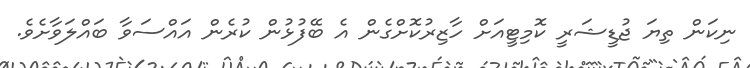
ނިކަން ތިޔަ ޖުޑީޝަރީ ކޮމިޓީއަށް ހާޒިރުކޮށްގެން އެ ބޭފުޅުން ކުރެން އައްސަވާ ބައްލަވާށެވެ.